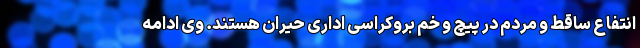
انتفاع ساقط و مردم در پیچ و خم بروکراسی اداری حیران هستند. وی ادامه